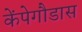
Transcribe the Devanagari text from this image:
केंपेगौडास